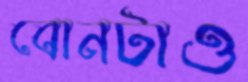
বোনটাও